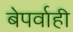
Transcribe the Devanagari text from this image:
बेपर्वाही